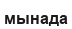
мынада